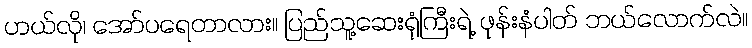
ဟယ်လို၊ အော်ပရေတာလား။ ပြည်သူ့ဆေးရုံကြီးရဲ့ ဖုန်းနံပါတ် ဘယ်လောက်လဲ။